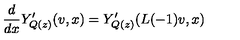
\frac { d } { d x } Y _ { Q ( z ) } ^ { \prime } ( v , x ) = Y _ { Q ( z ) } ^ { \prime } ( L ( - 1 ) v , x )